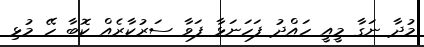
މުދާ ނަގާ މީއީ ހައްދު ފަހަނަޅާ ފަވާ ސަރުކާރެއް ކޮބާ ހޭ މުޅި